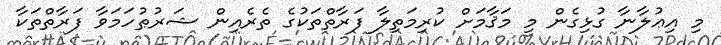
މި އިޢުލާނާ ގުޅިގެން މި މަޤާމަށް ކުރިމަތިލާ ފަރާތްތަކުގެ ތެރެއިން ޝަރުޠުހަމަވާ ފަރާތްތަކާ